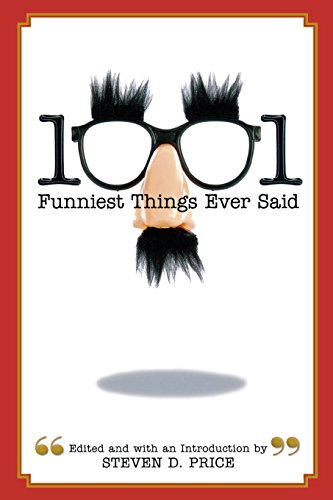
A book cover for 1001 Funniest Things Ever Said; Steven Price; Reference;